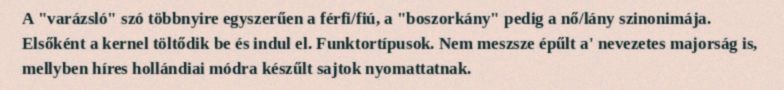
A "varázsló" szó többnyire egyszerűen a férfi/fiú, a "boszorkány" pedig a nő/lány szinonimája. Elsőként a kernel töltődik be és indul el. Funktortípusok. Nem meszsze épűlt a' nevezetes majorság is, mellyben híres hollándiai módra készűlt sajtok nyomattatnak.